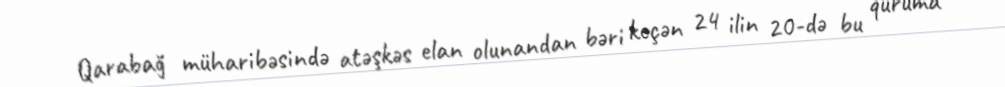
Qarabağ müharibəsində atəşkəs elan olunandan bəri keçən 24 ilin 20-də bu quruma